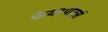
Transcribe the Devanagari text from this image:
फेयरपोर्ट्स